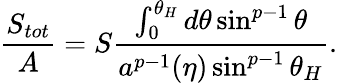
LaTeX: {\frac{S_{tot}}{A}}=S{\frac{\int_{0}^{\theta_{H}}d\theta\sin^{p-1}\theta}{a^{p-1}(\eta)\sin^{p-1}\theta_{H}}}.